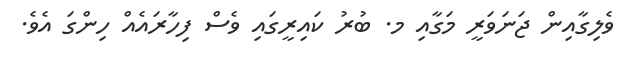
ވެލިގާއިން ޖަނަވަރީ މަގާއި މ. ބުރު ކައިރީގައި ވެސް ފިހާރައެއް ހިންގަ އެވެ.